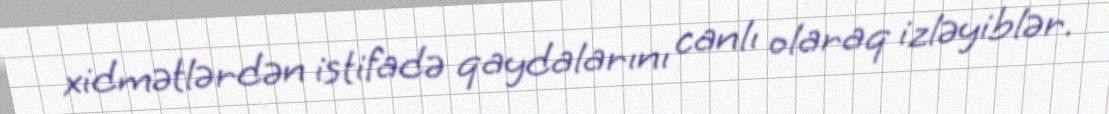
xidmətlərdən istifadə qaydalarını canlı olaraq izləyiblər.